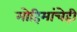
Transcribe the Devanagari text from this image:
मोहिमांचेही